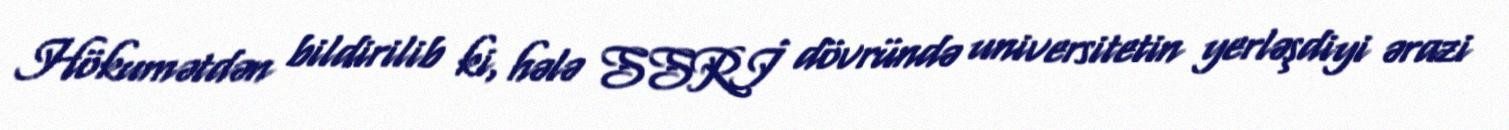
Hökumətdən bildirilib ki, hələ SSRİ dövründə universitetin yerləşdiyi ərazi